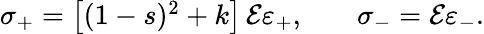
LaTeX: \begin{array}{lr}{\mathbf{\sigma}_{+}=\left[(1-s)^{2}+k\right]\, \mathcal{E}\mathbf{\varepsilon}_{+},}&{\, \, \, \, \, \, \mathbf{\sigma}_{-}=\mathcal{E}\mathbf{\varepsilon}_{-}.}\end{array}